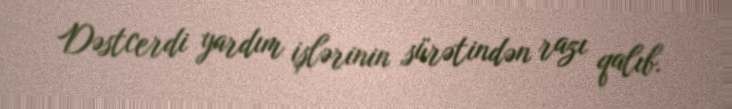
Dəstcerdi yardım işlərinin sürətindən razı qalıb.